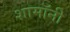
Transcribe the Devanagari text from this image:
शामॉनी